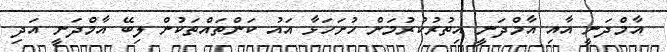
އާމްދަނީ އާއި އާމްދަނީ އިތުރުކުރުމަށް ހުށަހަޅާ އައު ކަންތައްތަކުން ލިބޭ އާމްދަނީ އަދި